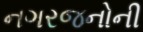
નગરજનોની